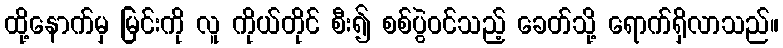
ထို့နောက်မှ မြင်းကို လူ ကိုယ်တိုင် စီး၍ စစ်ပွဲဝင်သည့် ခေတ်သို့ ရောက်ရှိလာသည်။